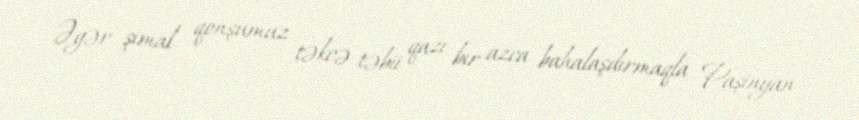
Əgər şimal qonşumuz təkcə təbii qazı bir azca bahalaşdırmaqla Paşinyan